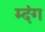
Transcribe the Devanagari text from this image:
म्दंग